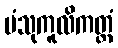
ပံသုကူလိကတ္တံ